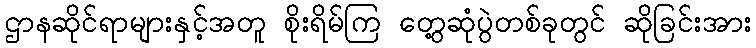
ဌာနဆိုင်ရာများနှင့်အတူ စိုးရိမ်ကြ တွေ့ဆုံပွဲတစ်ခုတွင် ဆိုခြင်းအား